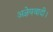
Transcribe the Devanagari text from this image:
अज्ञेयवादी।